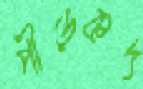
পীড়কদ